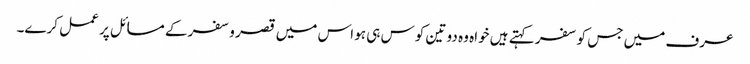
عرف میں جس کو سفر کہتے ہیں خواہ وہ دو تین کوس ہی ہو اس میں قصر وسفر کے مسائل پر عمل کرے۔